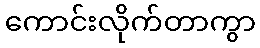
ကောင်းလိုက်တာကွာ